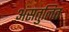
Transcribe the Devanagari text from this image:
अंसतुलित